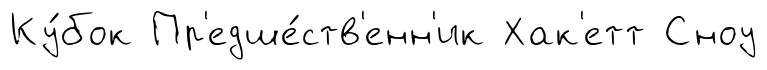
Ку́бок Пр'едше́ств'енн'ик Хак'етт Сноу